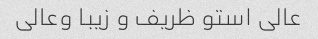
عالی استو ظریف و زیبا وعالی